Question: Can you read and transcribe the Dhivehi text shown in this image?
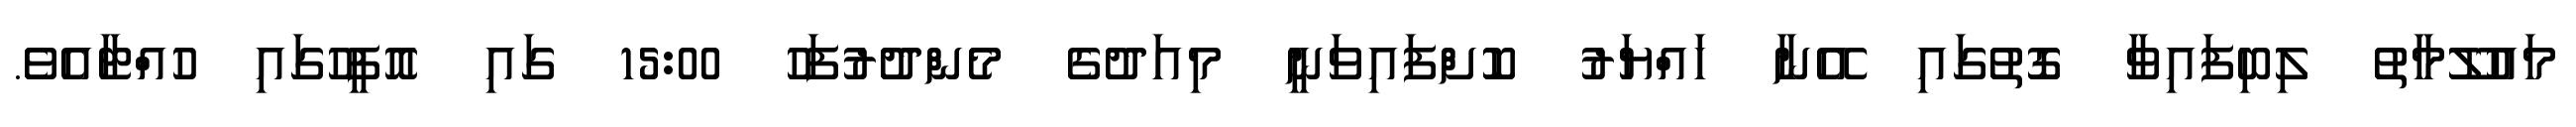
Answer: މައުލޫމާތު ލިބިފައިވާ ގޮތުގައި އޭނާ ހައްޔަރު ކޮށްފައިވަނީ މިއަދުގެ މެންދުރުފަހު 15:00 ގައި އޮފީހުގައި ހުއްޓާއެވެ.